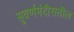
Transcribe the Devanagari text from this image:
सुवर्णमंदीरातील